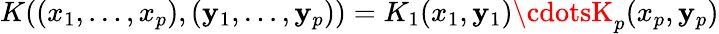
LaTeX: K((x_{1},\ldots,x_{p}),(\mathbf{y}_{1},\ldots,\mathbf{y}_{p}))=K_{1}(x_{1},\mathbf{y}_{1})\cdotsK_{p}(x_{p},\mathbf{y}_{p})